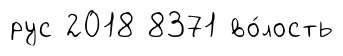
рус 2018 8371 во́лость